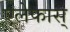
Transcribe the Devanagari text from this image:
एलेफास्